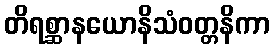
တိရစ္ဆာနယောနိသံဝတ္တနိကာ